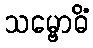
သမ္ဗောဓိံ